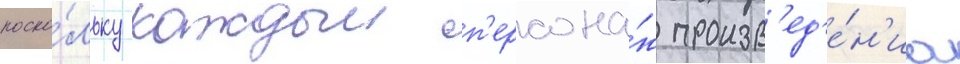
поско́льку каждыи п'ерсона́ж произв'ед'е́н'иа